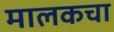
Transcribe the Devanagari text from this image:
मालकचा